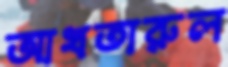
আখতারুল